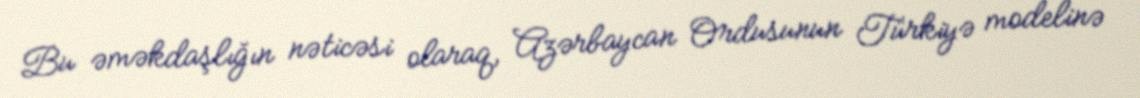
Bu əməkdaşlığın nəticəsi olaraq, Azərbaycan Ordusunun Türkiyə modelinə